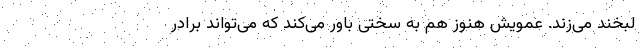
لبخند می‌زند. عمویش هنوز هم به سختی باور می‌کند که می‌تواند برادر